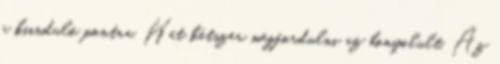
a kiinduló pontra. Hát kétszer megfordulni az bonyolult. Az